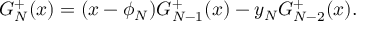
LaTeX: G _ { N } ^ { + } ( x ) = ( x - \phi _ { N } ) G _ { N - 1 } ^ { + } ( x ) - y _ { N } G _ { N - 2 } ^ { + } ( x ) .